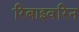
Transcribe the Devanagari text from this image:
रिबाइवरिन